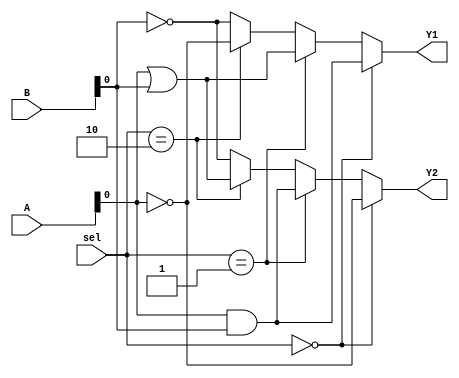
module CombinationalLogicBlock (
    input wire [3:0] A,        // 4-bit input A
    input wire [3:0] B,        // 4-bit input B
    input wire [1:0] sel,      // Control signal for multiplexing
    output wire Y1,            // Output for function 1
    output wire Y2             // Output for function 2
);

    // Shared logic resources
    wire and_out;              // Shared AND gate output
    wire or_out;               // Shared OR gate output
    wire not_a;                // NOT gate output for A
    wire not_b;                // NOT gate output for B

    // Shared logic operations
    assign and_out = A & B;    // AND operation
    assign or_out = A | B;     // OR operation
    assign not_a = ~A;         // NOT operation on A
    assign not_b = ~B;         // NOT operation on B

    // Multiplexers to select the output based on control signals
    assign Y1 = (sel == 2'b00) ? and_out :   // Select AND output
                (sel == 2'b01) ? or_out :    // Select OR output
                (sel == 2'b10) ? not_a :     // Select NOT A output
                not_b;                       // Select NOT B output

    assign Y2 = (sel == 2'b00) ? not_a :     // Select NOT A output for Y2
                (sel == 2'b01) ? and_out :   // Select AND output for Y2
                (sel == 2'b10) ? or_out :    // Select OR output for Y2
                not_b;                       // Select NOT B output for Y2

endmodule